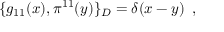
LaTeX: \{ g _ { 1 1 } ( x ) , \pi ^ { 1 1 } ( y ) \} _ { D } = \delta ( x - y ) \, \, \, ,